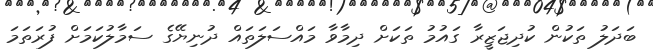
ބަދަލު ތަކުން ކުދިޖަޒީރާ ގައުމު ތަކަށް ދިމާވާ މައްސަލަތައް ދުނިޔޭގެ ސަމާލުކަމަށް ފުރަތަމަ